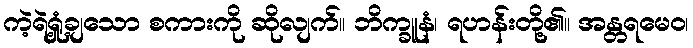
ကဲ့ရဲ့ရှုံ့ချသော စကားကို ဆိုလျက်။ ဘိက္ခူနံ၊ ရဟန်းတို့၏။ အန္တရမေဝ၊